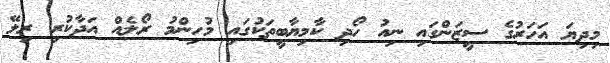
މިދިޔަ އަހަރުގެ ސީޒަންގައި ނިއު ހޯދި ކާމިޔާބީތަކުގައި މުހިންމު ރޯލެއް އަދާކުރި ރިލޭ